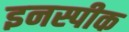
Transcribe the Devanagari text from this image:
इनस्पीक